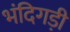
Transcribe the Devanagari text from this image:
भंदिगड़ी